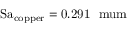
\mathrm { S a _ { c o p p e r } = 0 . 2 9 1 \ \ m u m }